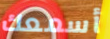
أسمعك